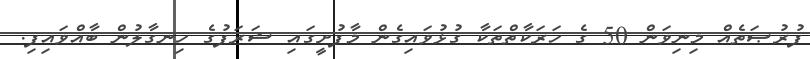
ފުރުޞަތެއް މިނިވަން 50 ގެ ހަރަކާތްތަކާ ގުޅުވައިގެން މާފުށީގައި ޝަރަފުގެ ހިނގާލުން ބާއްވައިފި.